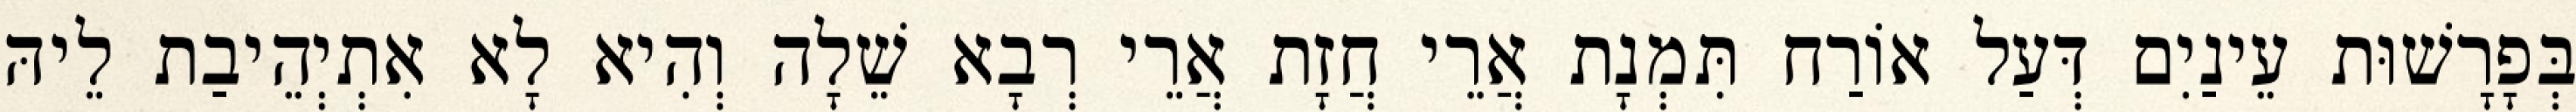
בְּפָרָשׁוּת עֵינַיִם דְּעַל אוֹרַח תִּמְנָת אֲרֵי חֲזָת אֲרֵי רְבָא שֵׁלָה וְהִיא לָא אִתְיְהֵיבַת לֵיהּ